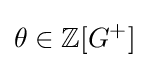
\theta \in \mathbb {Z} [G^{+}]